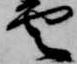
雲